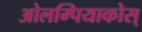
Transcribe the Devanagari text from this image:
ओलम्पियाकोस्